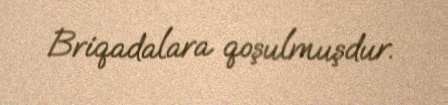
Briqadalara qoşulmuşdur.